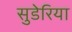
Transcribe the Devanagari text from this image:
सुडेरिया